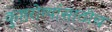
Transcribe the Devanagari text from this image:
कुष्ठरोग्यांसाठीच